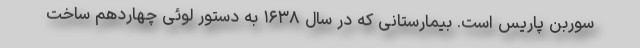
سوربن پاریس است. بیمارستانی که در سال ۱۶۳۸ به دستور لوئی چهاردهم ساخت